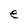
Character: e